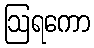
ဩရကော